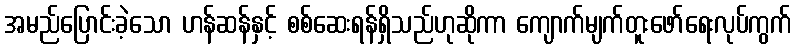
အမည်ပြောင်းခဲ့သော ဟန်ဆန်နှင့် စစ်ဆေးရန်ရှိသည်ဟုဆိုကာ ကျောက်မျက်တူးဖော်ရေးလုပ်ကွက်